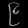
Digit: ၉